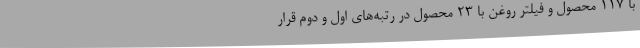
با 117 محصول و فیلتر روغن با 23 محصول در رتبه‌های اول و دوم قرار